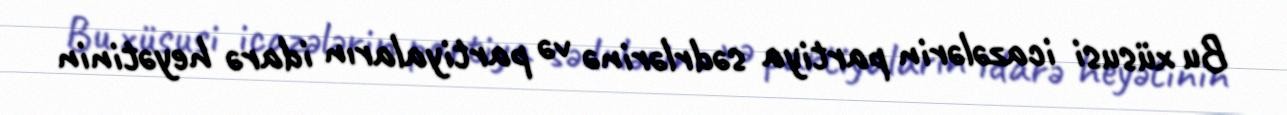
Bu xüsusi icazələrin partiya sədrlərinə və partiyaların idarə heyətinin